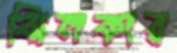
ঝিলকার